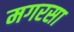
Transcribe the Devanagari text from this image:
मगरसा